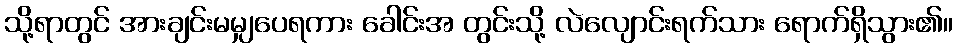
သို့ရာတွင် အားချင်းမမျှပေရကား ခေါင်းအ တွင်းသို့ လဲလျောင်းရက်သား ရောက်ရှိသွား၏။